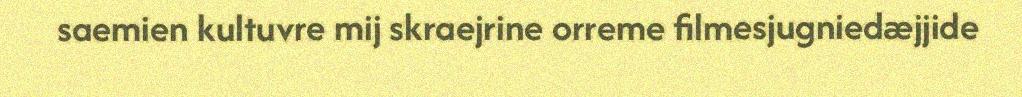
saemien kultuvre mij skraejrine orreme filmesjugniedæjjide